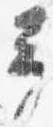
予